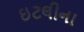
ઇટલીના